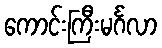
ကောင်းကြီးမင်္ဂလာ